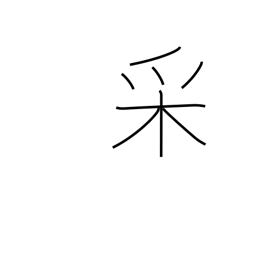
Meaning: appearance